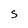
Character: S